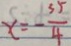
x = - \frac { 3 5 } { 4 }